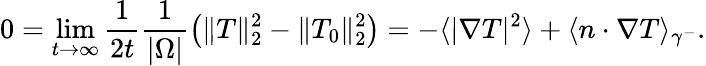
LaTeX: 0=\operatorname*{lim}_{t\to\infty}\frac{1}{2t}\frac{1}{|\Omega|}\left(\| T\| _{2}^{2}-\| T_{0}\| _{2}^{2}\right)=-\langle|\nabla T|^{2}\rangle+\langle n\cdot\nabla T\rangle_{\gamma^{-}}.